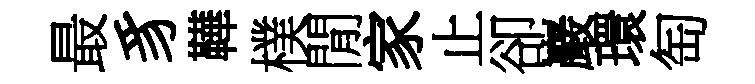
最豸鞾樸閒家止卻巖環匋